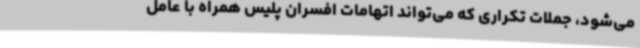
می‌شود، جملات تکراری که می‌تواند اتهامات افسران پلیس همراه با عامل